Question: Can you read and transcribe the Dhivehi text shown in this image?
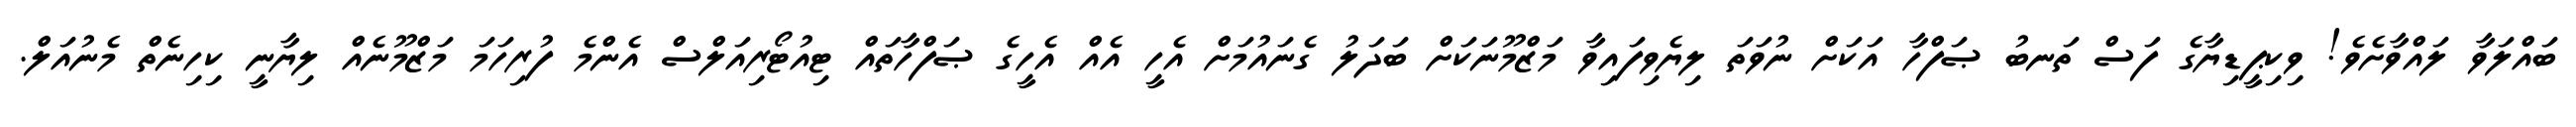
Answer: ބައްލަވާ ލައްވާށެވެ! ވިކިޕީޑިޔާގެ ފަސް ތަނބު ޞަފްހާ އަކަށް ނުވަތަ ލިޔެވިފައިވާ މަޒްމޫނަކަށް ބަދަލު ގެނައުމަށް އެހީ އެއް އެހީގެ ޞަފްހާތައް ޓިއުޓޯރިއަލްސް އެންމެ ފުރިހަމަ މަޒްމޫނެއް ލިޔާނީ ކިހިނެތް މެނުއަލް.